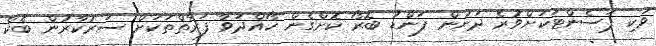
ވަކި ޕަސެންޓަކަށްވުރެ ދަށުން ފަންޑު ބޮރޯ ކޮށްގެން ހޯއްދަވާ ފަރާތްތަކަށް ސަރުކާރުން ބެކް